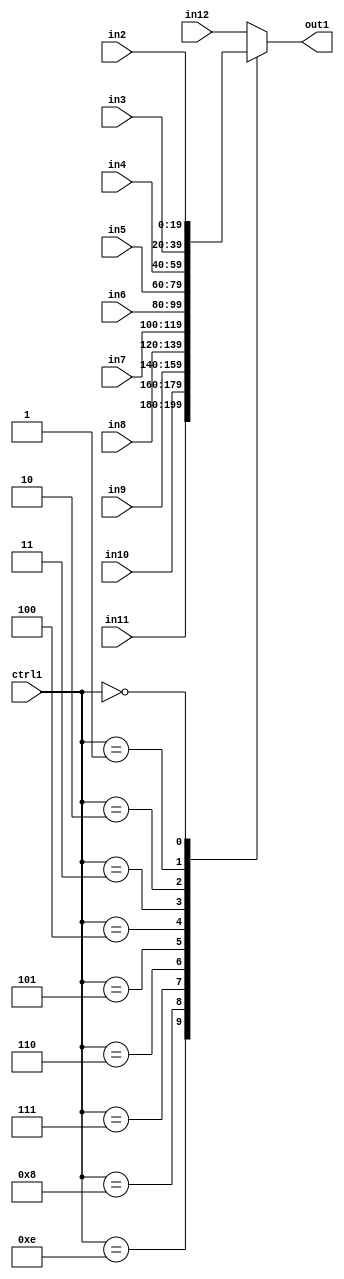
`timescale 1ps / 1ps
/*****************************************************************************
    Verilog RTL Description
    
    
    Created by: Stratus DpOpt 21.05.01 
*******************************************************************************/

module SobelFilter_N_Mux_20_11_23_4 (
	in12,
	in11,
	in10,
	in9,
	in8,
	in7,
	in6,
	in5,
	in4,
	in3,
	in2,
	ctrl1,
	out1
	); /* architecture "behavioural" */ 
input [19:0] in12,
	in11,
	in10,
	in9,
	in8,
	in7,
	in6,
	in5,
	in4,
	in3,
	in2;
input [3:0] ctrl1;
output [19:0] out1;
wire [19:0] asc001;

reg [19:0] asc001_tmp_0;
assign asc001 = asc001_tmp_0;
always @ (ctrl1 or in11 or in10 or in9 or in8 or in7 or in6 or in5 or in4 or in3 or in2 or in12) begin
	casez (ctrl1)
		4'B1110 : asc001_tmp_0 = in11 ;
		4'B1000 : asc001_tmp_0 = in10 ;
		4'B0111 : asc001_tmp_0 = in9 ;
		4'B0110 : asc001_tmp_0 = in8 ;
		4'B0101 : asc001_tmp_0 = in7 ;
		4'B0100 : asc001_tmp_0 = in6 ;
		4'B0011 : asc001_tmp_0 = in5 ;
		4'B0010 : asc001_tmp_0 = in4 ;
		4'B0001 : asc001_tmp_0 = in3 ;
		4'B0000 : asc001_tmp_0 = in2 ;
		default : asc001_tmp_0 = in12 ;
	endcase
end

assign out1 = asc001;
endmodule

/* CADENCE  s7H2SwA= : u9/ySxbfrwZIxEzHVQQV8Q== ** DO NOT EDIT THIS LINE ******/